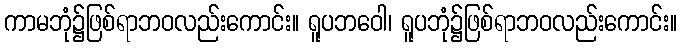
ကာမဘုံ၌ဖြစ်ရာဘဝလည်းကောင်း။ ရူပဘဝေါ၊ ရူပဘုံ၌ဖြစ်ရာဘဝလည်းကောင်း။